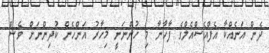
ދެން އަނެއްކާ އެފްއެސްއެލްގެ ފާހާނާ މި ހުންނަނީ މިހާރު އަންހެން ކުދިންނަށް ވެސް